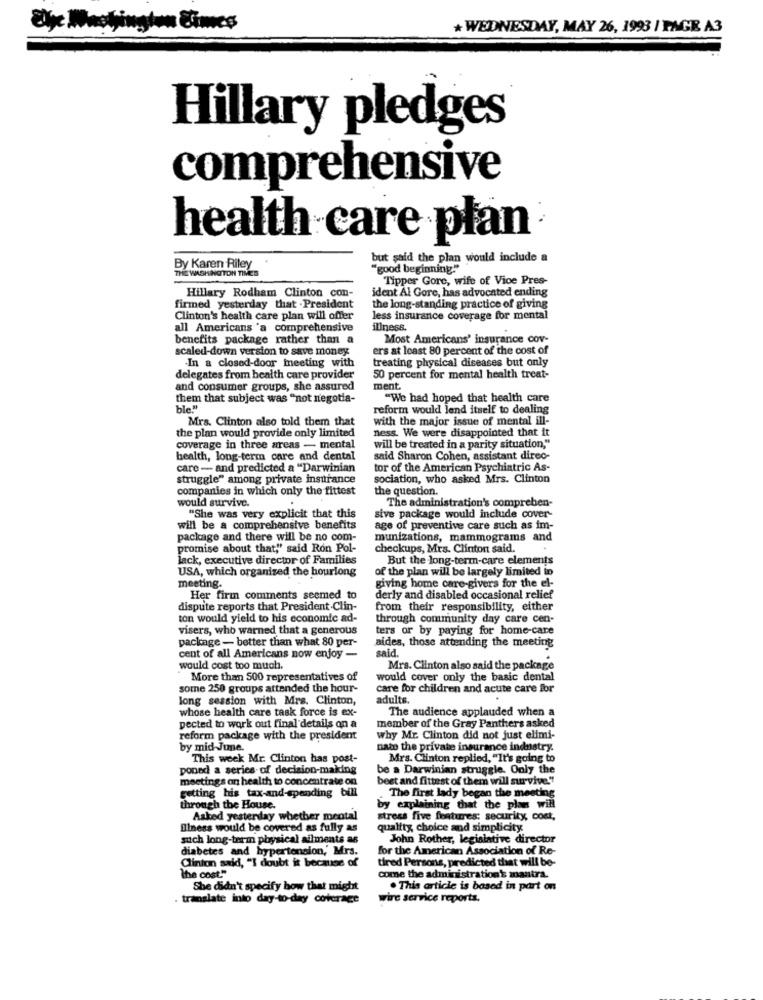
Üye Maçkington Cimes
+WEDNESDAY, MAY 26, 1993 / PAGE A3
Hillary pledges
comprehensive
health care plan
but said the plan would include a
THE WASHINGTON TIMES
By Karen Riley
"good beginning"
Tipper Gore, wife of Vice Pres-
Hillary Rodham Clinton con-
ident Al Gore, has advocated ending
firmed yesterday that - President
the long-standing practice of giving
Clinton's health care plan will offer
less insurance coverage for mental
all Americans 'a comprehensive
illness.
benefits package rather than a
Most Americans' insurance cov-
scaled-down version to save money
ers at least 80 percent of the cost of
treating physical diseases but only
-In a closed-door meeting with
delegates from health care provider
50 percent for mental health treat-
and consumer groups, she assured
ment.
them that subject was "not negotia-
"We had hoped that health care
ble
reform would lend itself to dealing
Mrs. Clinton also told them that
with the major issue of mental ill-
the plan would provide only limited
ness. We were disappointed that it
coverage in three areas - mental
will be treated in a parity situation,"
health, long-term care and dental
said Sharon Cohen, assistant direc-
care- and predicted a "Darwinian
tor of the American Psychiatric As-
struggle" among private insurance
sociation, who asked Mrs. Clinton
companies in which only the fittest
the question.
The administration's compreben-
would survive.
"She was very explicit that this
sive package would include cover-
will be a comprehensive benefits
age of preventive care such as im-
package and there will be no com-
munizations, mammograms and
promise about that," said Ron Pol-
checkups, Mrs. Clinton said.
lack, executive director of Families
But the long-term-care elements
USA, which organized the hourlong
of the plan will be largely limited in
giving home care-givers for the el-
meeting.
Her firm comments seemed to
derly and disabled occasional relief
dispute reports that President .Clin-
from their responsibility, either
ton would yield to his economic ad-
through community day care cen-
visers, who warned that a generous
ters or by paying for home-care
package - better than what 80 per-
aides, those attending the meeting
said.
cent of all Americans now enjoy -
would cost too much.
Mrs. Clinton also said the package
More than 500 representatives of
would cover only the basic dental
some 250 groups attended the hour-
care for children and acute care for
long session with Mrs. Clinton,
adults.
whose health care task force is ex-
The audience applauded when a
pected to work out final details on a
member of the Gray Panthers asked
reform package with the president
why Mr. Clinton did not just elimi-
by mid June.
nato the private insurance industry.
This week Mr. Clinton has post-
Mrs. Clinton replied, "It's going to
ponad a series of decision-making
be a Darwinian struggle. Only the
meetings on health to concentrate on
best and fittest of them will survive."
getting his tax-and-spending bill
The first lady began the meeting
through the House.
by explaining that the plan will
Asked yesterday whether mental
stress five features: security cost,
illness would be covered as fully as
quality, choice and simplicity
such long-term physical ailments as
John Rother, legislative director
diabetes and hypertension, Mrs.
for the American Association of Re-
Clinton said, "I doubt it because of
tired Persons, predicted that will be-
the cost."
come the administration's mantra.
She didn't specify how that might
. This article is based in part on
. translate into day-to-day coverage
wire service reports.